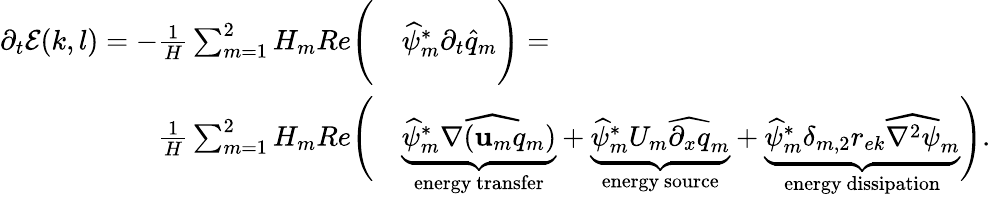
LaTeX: \begin{array}{rl}{\partial_{t}\mathcal{E}(k,l)=-\frac{1}{H}\sum_{m=1}^{2}H_{m}Re\Bigg(}&{\widehat{\psi}_{m}^{*}\partial_{t}\widehat{q}_{m}\Bigg)=}\\ {\frac{1}{H}\sum_{m=1}^{2}H_{m}Re\Bigg(}&{\underbrace{\widehat{\psi}_{m}^{*}\widehat{\nabla(\mathbf{u}_{m}q_{m}})}_{\mathrm{energy~transfer}}+\underbrace{\widehat{\psi}_{m}^{*}U_{m}\widehat{\partial_{x}q}_{m}}_{\mathrm{energy~source}}+\underbrace{\widehat{\psi}_{m}^{*}\delta_{m,2}r_{ek}\widehat{\nabla^{2}\psi}_{m}}_{\mathrm{energy~dissipation}}\Bigg).}\end{array}